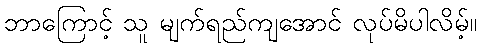
ဘာကြောင့် သူ မျက်ရည်ကျအောင် လုပ်မိပါလိမ့်။